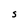
Character: S